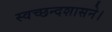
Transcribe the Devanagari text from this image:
स्वच्छन्दशासने।